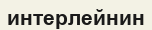
интерлейнин